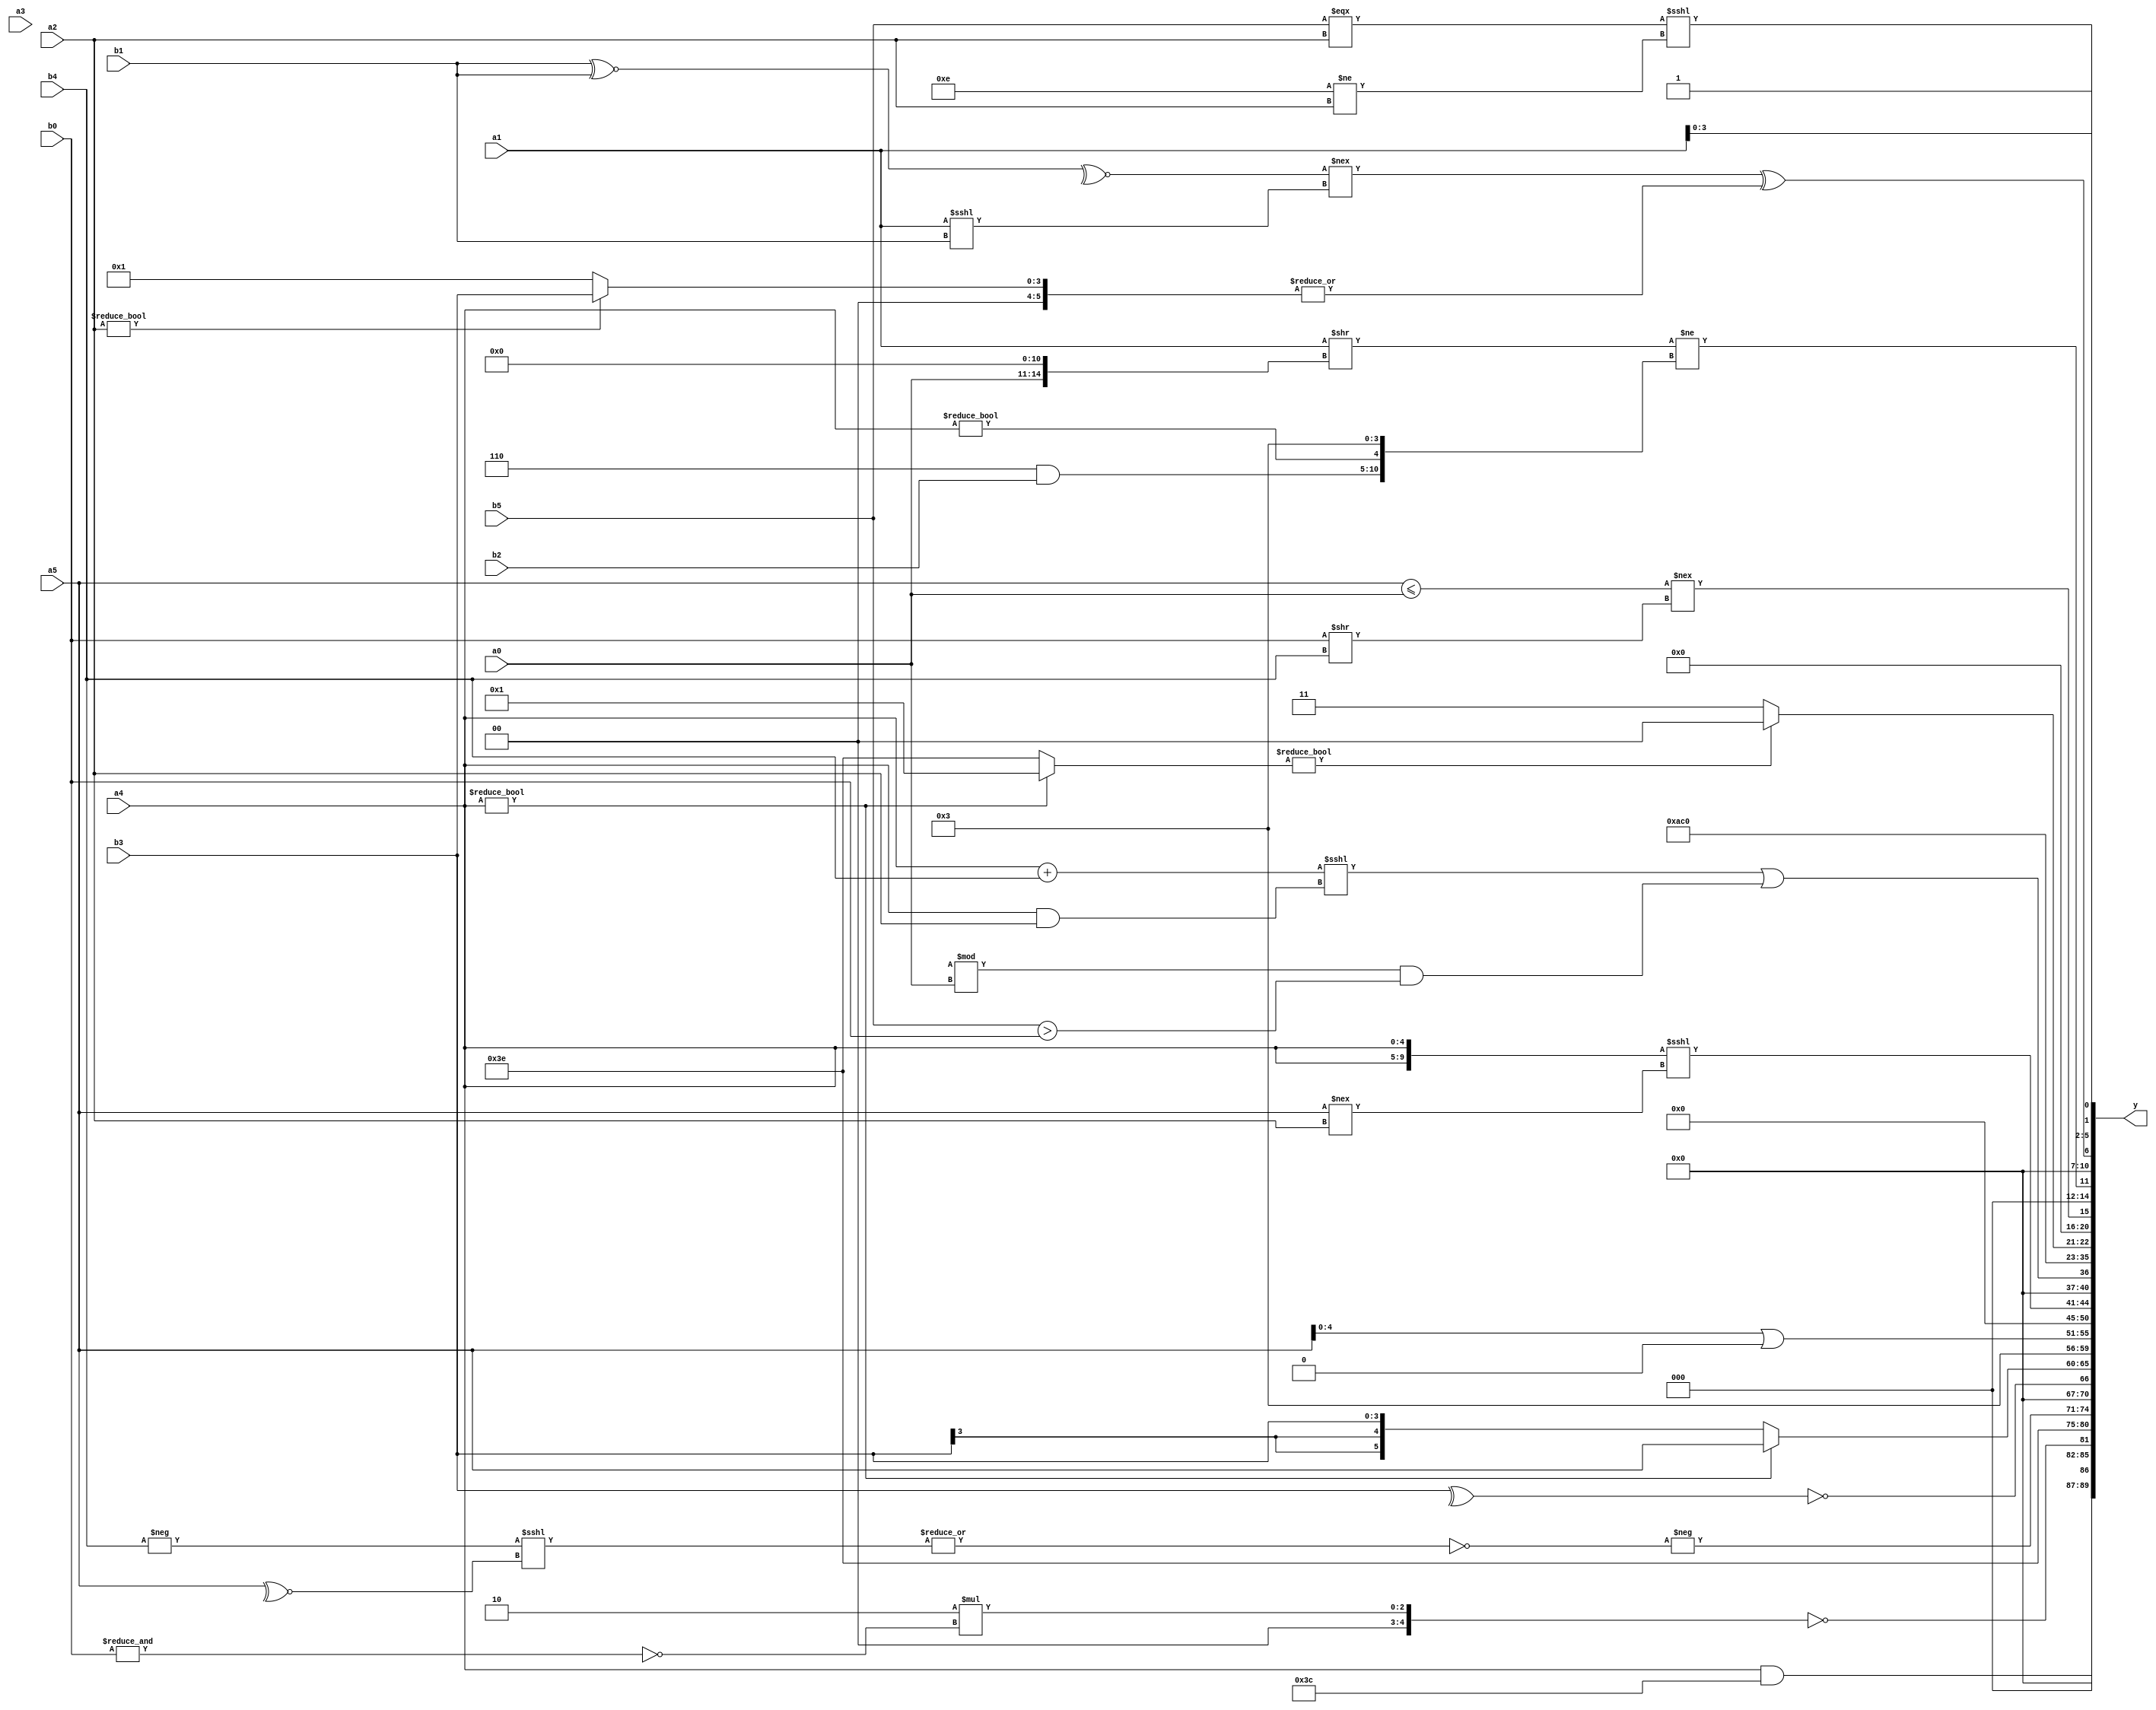
module expression_00489(a0, a1, a2, a3, a4, a5, b0, b1, b2, b3, b4, b5, y);
  input [3:0] a0;
  input [4:0] a1;
  input [5:0] a2;
  input signed [3:0] a3;
  input signed [4:0] a4;
  input signed [5:0] a5;

  input [3:0] b0;
  input [4:0] b1;
  input [5:0] b2;
  input signed [3:0] b3;
  input signed [4:0] b4;
  input signed [5:0] b5;

  wire [3:0] y0;
  wire [4:0] y1;
  wire [5:0] y2;
  wire signed [3:0] y3;
  wire signed [4:0] y4;
  wire signed [5:0] y5;
  wire [3:0] y6;
  wire [4:0] y7;
  wire [5:0] y8;
  wire signed [3:0] y9;
  wire signed [4:0] y10;
  wire signed [5:0] y11;
  wire [3:0] y12;
  wire [4:0] y13;
  wire [5:0] y14;
  wire signed [3:0] y15;
  wire signed [4:0] y16;
  wire signed [5:0] y17;

  output [89:0] y;
  assign y = {y0,y1,y2,y3,y4,y5,y6,y7,y8,y9,y10,y11,y12,y13,y14,y15,y16,y17};

  localparam [3:0] p0 = (((-3'sd2)?(5'd3):(2'sd0))>>((3'sd0)<<<(-5'sd4)));
  localparam [4:0] p1 = {2{({4{(5'sd13)}}^((-4'sd2)===(-4'sd4)))}};
  localparam [5:0] p2 = (!(4'd0));
  localparam signed [3:0] p3 = (((4'd14)?(5'sd5):(5'd3))?((3'd0)?(-3'sd3):(-3'sd2)):((5'sd12)?(-4'sd2):(4'sd3)));
  localparam signed [4:0] p4 = (~|(-4'sd6));
  localparam signed [5:0] p5 = ((-5'sd7)^(5'sd5));
  localparam [3:0] p6 = ((3'sd0)>((5'sd6)?(3'd1):(4'sd0)));
  localparam [4:0] p7 = {2{(6'd2 * (+(5'd17)))}};
  localparam [5:0] p8 = ((((5'sd8)^~(-2'sd0))?((2'd0)?(4'sd2):(3'd1)):{3{(-4'sd2)}})||({(2'd0),(-2'sd1)}<<{3{(5'd28)}}));
  localparam signed [3:0] p9 = ((((-5'sd7)>(5'd13))-((-4'sd5)<=(-5'sd9)))<(((-2'sd1)==(2'd0))^((-3'sd3)===(5'd2))));
  localparam signed [4:0] p10 = (^(((3'd0)==(-4'sd1))?((2'd0)!=(-5'sd9)):{(4'd15)}));
  localparam signed [5:0] p11 = (3'd6);
  localparam [3:0] p12 = (~^{(5'd17)});
  localparam [4:0] p13 = ({(-4'sd3)}=={1{(2'd0)}});
  localparam [5:0] p14 = (-4'sd2);
  localparam signed [3:0] p15 = (^((((2'sd0)?(5'd15):(-4'sd2))<<<((3'sd3)&(3'sd2)))?(~&((4'sd5)?(3'sd0):(2'd0))):((5'd14)?(3'sd3):(5'd4))));
  localparam signed [4:0] p16 = (&{3{{2{(3'd0)}}}});
  localparam signed [5:0] p17 = (-{3{(&{2{(5'sd5)}})}});

  assign y0 = (a4&&p5);
  assign y1 = (!(5'd2 * {1{(~&b0)}}));
  assign y2 = {2{p14}};
  assign y3 = (-(~|((-b4)<<<(~^a5))));
  assign y4 = (~|(~(^(&(~^(!(~(~&(~|(~&(~|(^b3))))))))))));
  assign y5 = (a4?a5:b3);
  assign y6 = ((p16|p0)<<{4{p6}});
  assign y7 = (a5|p13);
  assign y8 = (!(&{4{(4'd15)}}));
  assign y9 = ({2{a4}}<<<(a5!==a2));
  assign y10 = (((a4+b4)<<<(a4&a2))||((p6%a0)&(b5>b0)));
  assign y11 = (5'd21);
  assign y12 = $unsigned((5'd24));
  assign y13 = (((a4?p15:p14)?$signed($unsigned($signed(p6))):$unsigned((p7?p0:p12))));
  assign y14 = ((a5<=a0)!==(b0>>b4));
  assign y15 = ($unsigned(($unsigned($unsigned(a1))>>{a0,p17,p4}))!={(p11&b2),(a4!=p17),$unsigned(p0)});
  assign y16 = ((&{1{((~^(b1^~b1))!==(a1<<<b1))}})^(&(+(^(-(|(a2?b3:p2)))))));
  assign y17 = {((p9&&a1)&&(|$unsigned(p8))),{{2{p0}},$unsigned(a1),(~&p3)},(((-(b5===a2))<<<((p3!=a2))))};
endmodule